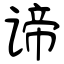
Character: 谛